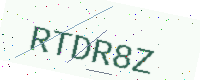
Text: RTDR8Z